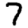
Digit: 7